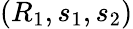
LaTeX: (R_{1},s_{1},s_{2})